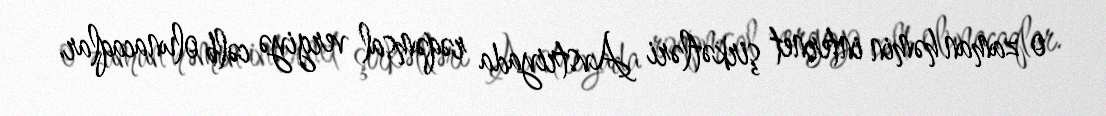
o zaman həmin internet şirkətləri Avstriyada rəqəmsal vergiyə cəlb olunacaqlar.